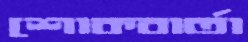
শোকবার্তা